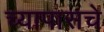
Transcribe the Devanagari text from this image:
च्यापासचे